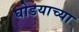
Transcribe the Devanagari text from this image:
घोडयाच्या